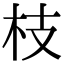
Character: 枝